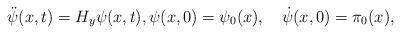
LaTeX: \begin{align*}\ddot{\psi}(x,t) = H_y\psi(x,t),\psi(x,0) = \psi_0(x),\quad\dot\psi(x,0) = \pi_0(x),\end{align*}